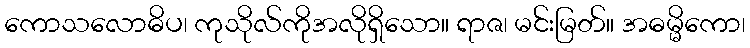
ကောသလောဓိပ၊ ကုသိုလ်ကိုအလိုရှိသော။ ရာဇ၊ မင်းမြတ်။ အဓမ္မိကော၊